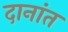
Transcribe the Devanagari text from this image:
दानांत